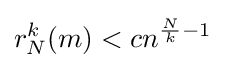
r_{N}^{k}(m)<cn^{{\frac {N}{k}}-1}